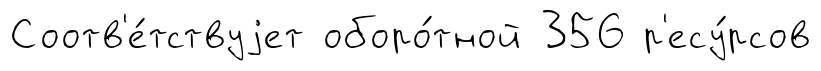
Соотв'е́тствуjет оборо́тной 356 р'есу́рсов